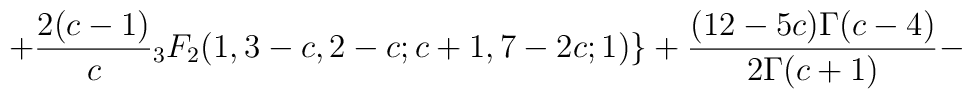
+\frac{2(c-1)}{c}{}_3F_2(1,3-c,2-c;c+1,7-2c;1)\}+\frac{(12-5c)\Gamma(c-4)}{2\Gamma(c+1)}-